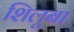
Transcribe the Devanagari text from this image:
शिलूबा